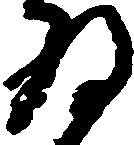
為